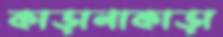
কাড়ানাকাড়া